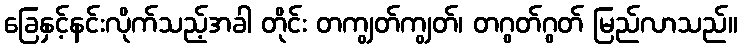
ခြေနှင့်နင်းလိုက်သည့်အခါ တိုင်း တကျွတ်ကျွတ်၊ တဂွတ်ဂွတ် မြည်လာသည်။